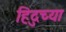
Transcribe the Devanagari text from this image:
हिदुच्या